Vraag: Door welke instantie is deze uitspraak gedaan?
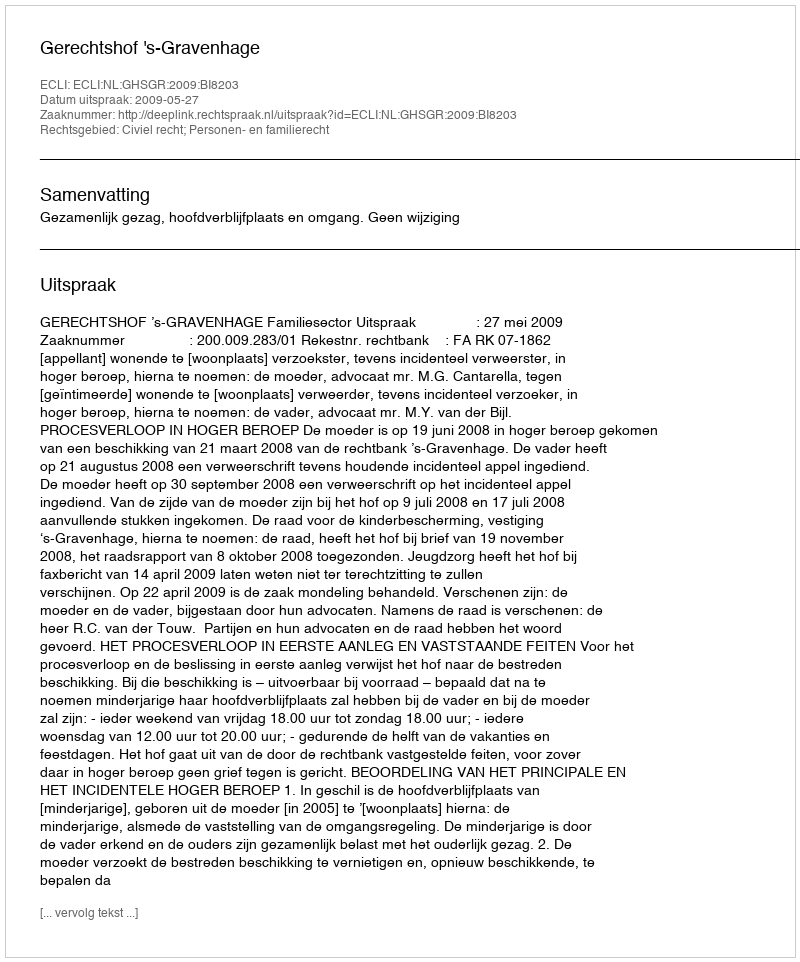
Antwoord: Gerechtshof 's-Gravenhage